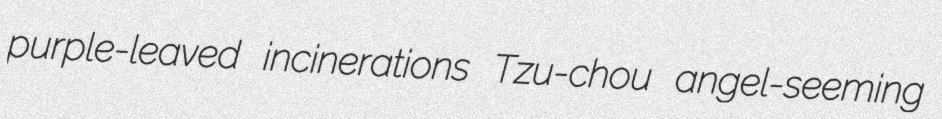
purple-leaved incinerations Tzu-chou angel-seeming